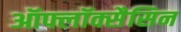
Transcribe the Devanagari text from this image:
ऑफ्लॉक्सैसिन